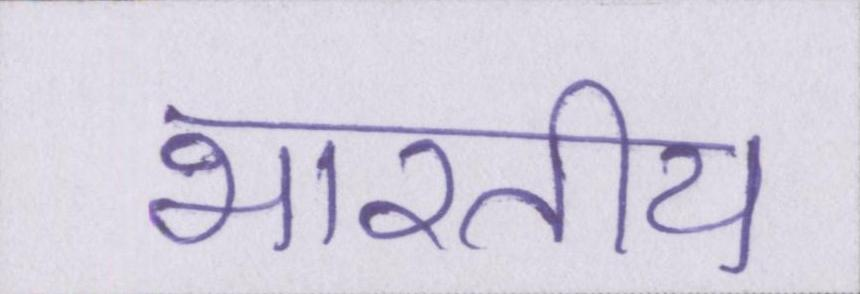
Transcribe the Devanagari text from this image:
भारतीय